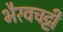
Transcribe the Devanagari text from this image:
भैरवचट्टी